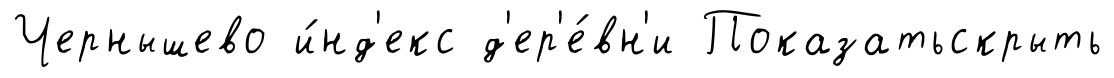
Чернышево и́нд'екс д'ер'е́вн'и Показатьскрыть